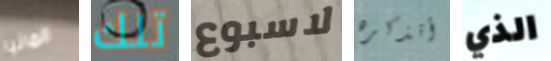
المانيا تلك لاسبوع أتذكره الذي